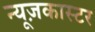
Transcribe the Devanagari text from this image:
न्यूज़कास्टर